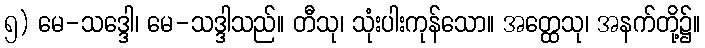
၅) မေ-သဒ္ဒေါ၊ မေ-သဒ္ဒါသည်။ တီသု၊ သုံးပါးကုန်သော။ အတ္ထေသု၊ အနက်တို့၌။